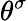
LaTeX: \theta^{\sigma}